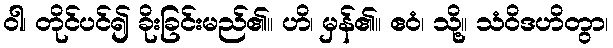
ဝါ၊ တိုင်ပင်၍ ခိုးခြင်းမည်၏။ ဟိ၊ မှန်၏။ ဧဝံ၊ သို့။ သံဝိဒဟိတွာ၊